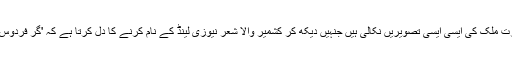
انہوں نے اس خوبصورت ملک کی ایسی ایسی تصویریں نکالی ہیں جنہیں دیکھ کر کشمیر والا شعر نیوزی لینڈ کے نام کرنے کا دل کرتا ہے کہ 'گر فردوس بر روئے زمین است'۔